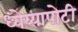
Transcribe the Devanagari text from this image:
ध्‍येय्यापोटी